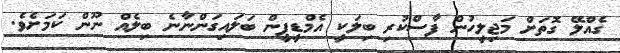
ގެއްލޭ ގޮތަށް މަޖިލީހުން ފާސްކުރި ބިލަކީ އެމްޑީޕީން ބަލައިގަންނާނެ ބިލެއް ނޫން ކަަމަށެވެ.